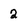
Character: 2